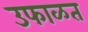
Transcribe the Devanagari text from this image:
उफाळत